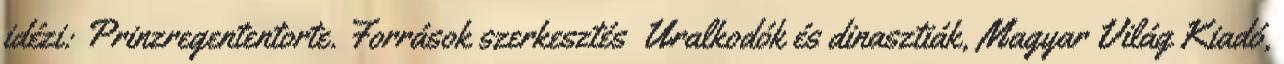
idézi: Prinzregententorte. Források szerkesztés Uralkodók és dinasztiák, Magyar Világ Kiadó,